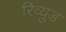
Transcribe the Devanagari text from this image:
रिव्युड